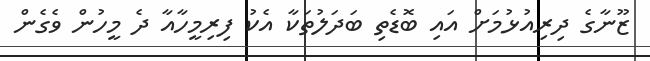
ޒޫނާގެ ދިރިއުޅުމަށް އައި ބޮޑެތި ބަދަލުތަކާ އެކު ފިރިމީހާއާ ދެ މީހުން ވެގެން